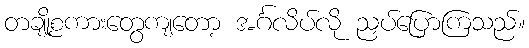
တချို့စကားတွေကျတော့ အင်္ဂလိပ်လို ညှပ်ပြောကြသည်။